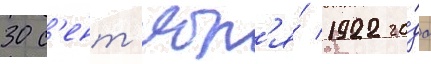
30 с'ент'ябр'я́ 1922 го́да